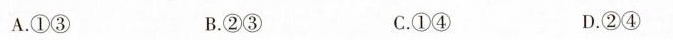
A.①③ B.②③ C.①④ D.②④